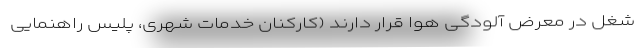
شغل در معرض آلودگی هوا قرار دارند (کارکنان خدمات شهری، پلیس راهنمایی